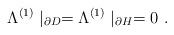
LaTeX: \begin{align*}\Lambda ^{(1)}\mid _{\partial D}=\Lambda ^{(1)}\mid _{\partial H}=0\ .\end{align*}